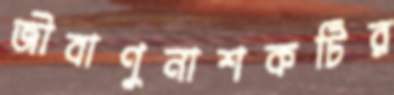
জীবাণুনাশকটির